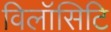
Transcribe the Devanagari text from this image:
विलॉसिटि